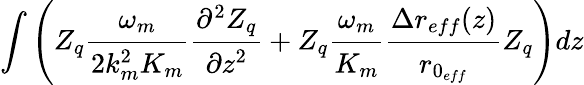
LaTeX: \int\left(Z_{q}\cfrac{\omega_{m}}{2k_{m}^{2}K_{m}}\cfrac{\partial^{2}Z_{q}}{\partial z^{2}}+Z_{q}\cfrac{\omega_{m}}{K_{m}}\cfrac{\Delta r_{eff}(z)}{r_{0_{eff}}}Z_{q}\right)dz